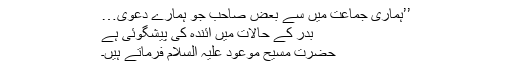
’’ہماری جماعت میں سے بعض صاحب جو ہمارے دعویٰ…
بدر کے حالات میں آئندہ کی پیشگوئی ہے
حضرت مسیح موعود علیہ السلام فرماتے ہیں۔